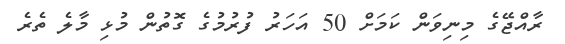
ރާއްޖޭގެ މިނިވަން ކަމަށް 50 އަހަރު ފުރުމުގެ ގޮތުން މުޅި މާލެ ތެރެ